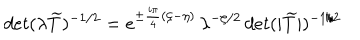
LaTeX: d e t ( \lambda \widetilde { T } ) ^ { - 1 / 2 } = e ^ { \pm \frac { i \pi } { 4 } ( \zeta - \eta ) } \, \lambda ^ { - \zeta / 2 } \, d e t ( | \widetilde { T } | ) ^ { - 1 / 2 }